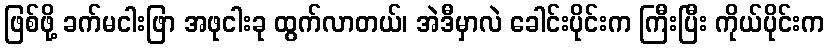
ဖြစ်ဖို့ ခက်မငါးဖြာ အဖုငါးခု ထွက်လာတယ်၊ အဲဒီမှာလဲ ခေါင်းပိုင်းက ကြီးပြီး ကိုယ်ပိုင်းက